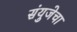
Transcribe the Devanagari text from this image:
संयुजेचा